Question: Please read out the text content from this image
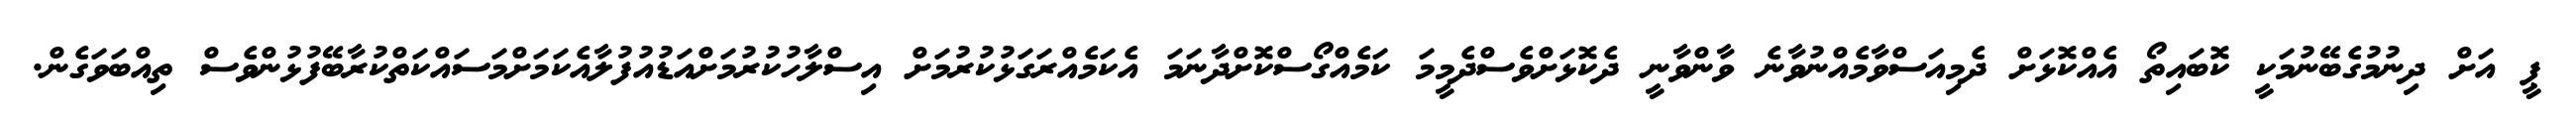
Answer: ޕީ އަށް ދިނުމުގެބޭނުމަކީ ކޮބައިތޯ އެއްކޮޅަށް ދެމިއަސްވާމެއްނުވާނެ ވާންވާނީ ދެކޮޅަށްވެސްދެމީމަ ކަމެއްގޯސްކޮށްދާނަމަ އެކަމެއްރަގަޅުކުރުމަށް އިސްލާހުކުރުމަށްއަޑުއުފުލާއެކަމަށްމަސައްކަތްކުރާބޭފުޅުންވެސް ތިއްބަވަގެން.